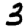
Digit: 3